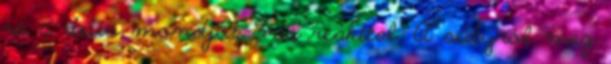
rá a deus mondjuk 3-as reakttal. A súlyról meg